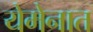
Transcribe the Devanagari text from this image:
येमेनात